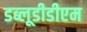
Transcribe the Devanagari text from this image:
डब्लूडीडीएम